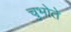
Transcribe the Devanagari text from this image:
चुभोते